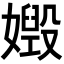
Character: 𡢶